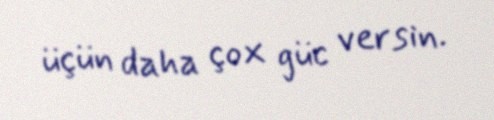
üçün daha çox güc versin.